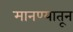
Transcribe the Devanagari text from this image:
मानण्यातून